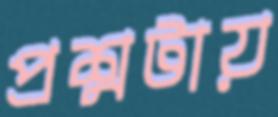
প্রশ্নটায়